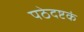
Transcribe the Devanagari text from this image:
पठेदष्टकं